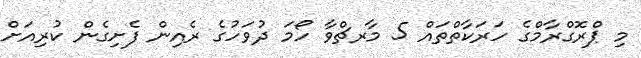
މި ޕްރޮގްރާމްގެ ހަރަކާތްތައް 5 މާރޗްވާ ހޯމަ ދުވަހުގެ ރެއިން ފެށިގެން ކުރިއަށް